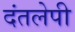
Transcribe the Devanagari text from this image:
दंतलेपी